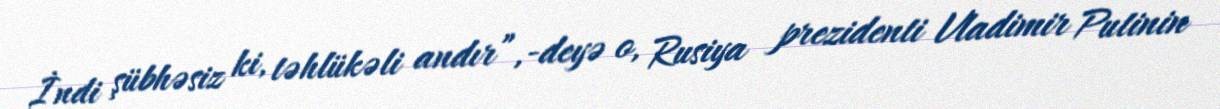
İndi şübhəsiz ki, təhlükəli andır”,-deyə o, Rusiya prezidenti Vladimir Putinin